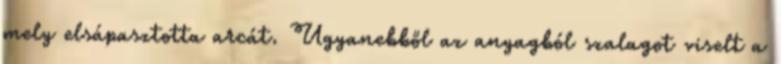
mely elsápasztotta arcát. Ugyanebből az anyagból szalagot viselt a